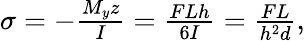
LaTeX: \begin{array}{r}{\sigma=-\frac{M_{y}z}{I}=\frac{FLh}{6I}=\frac{FL}{h^{2}d},}\end{array}